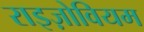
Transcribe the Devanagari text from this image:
राइज़ोवियम